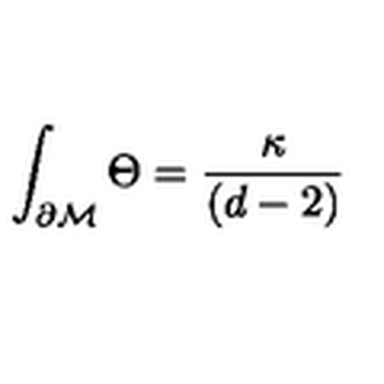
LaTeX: \int _ { \partial { \cal M } } \Theta = \frac { \kappa } { ( d - 2 ) }